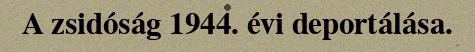
A zsidóság 1944. évi deportálása.